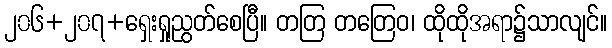
၂၀၆+၂၀၇+ရှေးရှုညွတ်စေပြီ။ တတြ တတြေဝ၊ ထိုထိုအရာ၌သာလျင်။